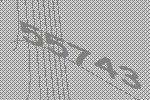
55743